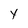
Character: Y